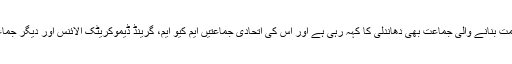
پیپلز پارٹی کے رہنما نے کہا کہ حکومت بنانے والی جماعت بھی دھاندلی کا کہہ رہی ہے اور اس کی اتحادی جماعتیں ایم کیو ایم، گرینڈ ڈیموکریٹک الائنس اور دیگر جماعتیں بھی دھاندلی کا شکوہ کر رہی ہیں۔